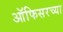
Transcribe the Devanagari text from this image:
ऑफिसरच्या